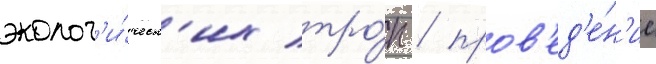
эколог'и́ческ'их тро́п / пров'ед'е́н'ие